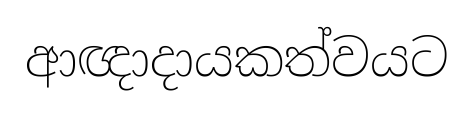
ආඥාදායකත්වයට